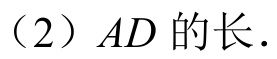
（2）$AD$ 的长.